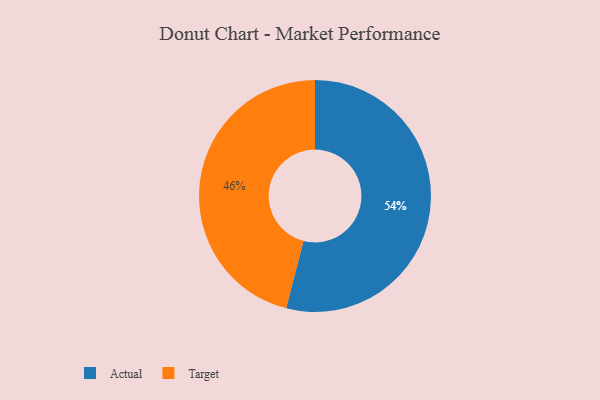
{"axis": {"x": "Category", "y": "Percentage"}, "legend": ["Actual", "Target"], "data": [{"x": "Actual", "y": 54, "type": "Actual"}, {"x": "Target", "y": 46, "type": "Target"}]}